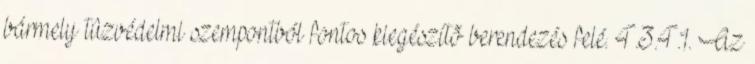
bármely tûzvédelmi szempontból fontos kiegészítõ berendezés felé. 4.3.4.1. Az